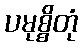
ပမုစ္စိတုံ